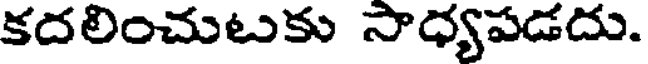
కదలించుటుకు సాధ్యపడదు.